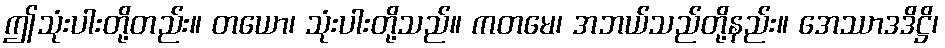
ဤသုံးပါးတို့တည်း။ တယော၊ သုံးပါးတို့သည်။ ကတမေ၊ အဘယ်သည်တို့နည်း။ အေဿာဒဒိဋ္ဌိ၊